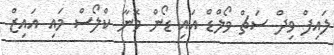
ލައިފް ވިދް ސަޗް ވޯލްޑް އައި ޑޯން ވޮނާ ކްލޯސް މައި އައިޒް